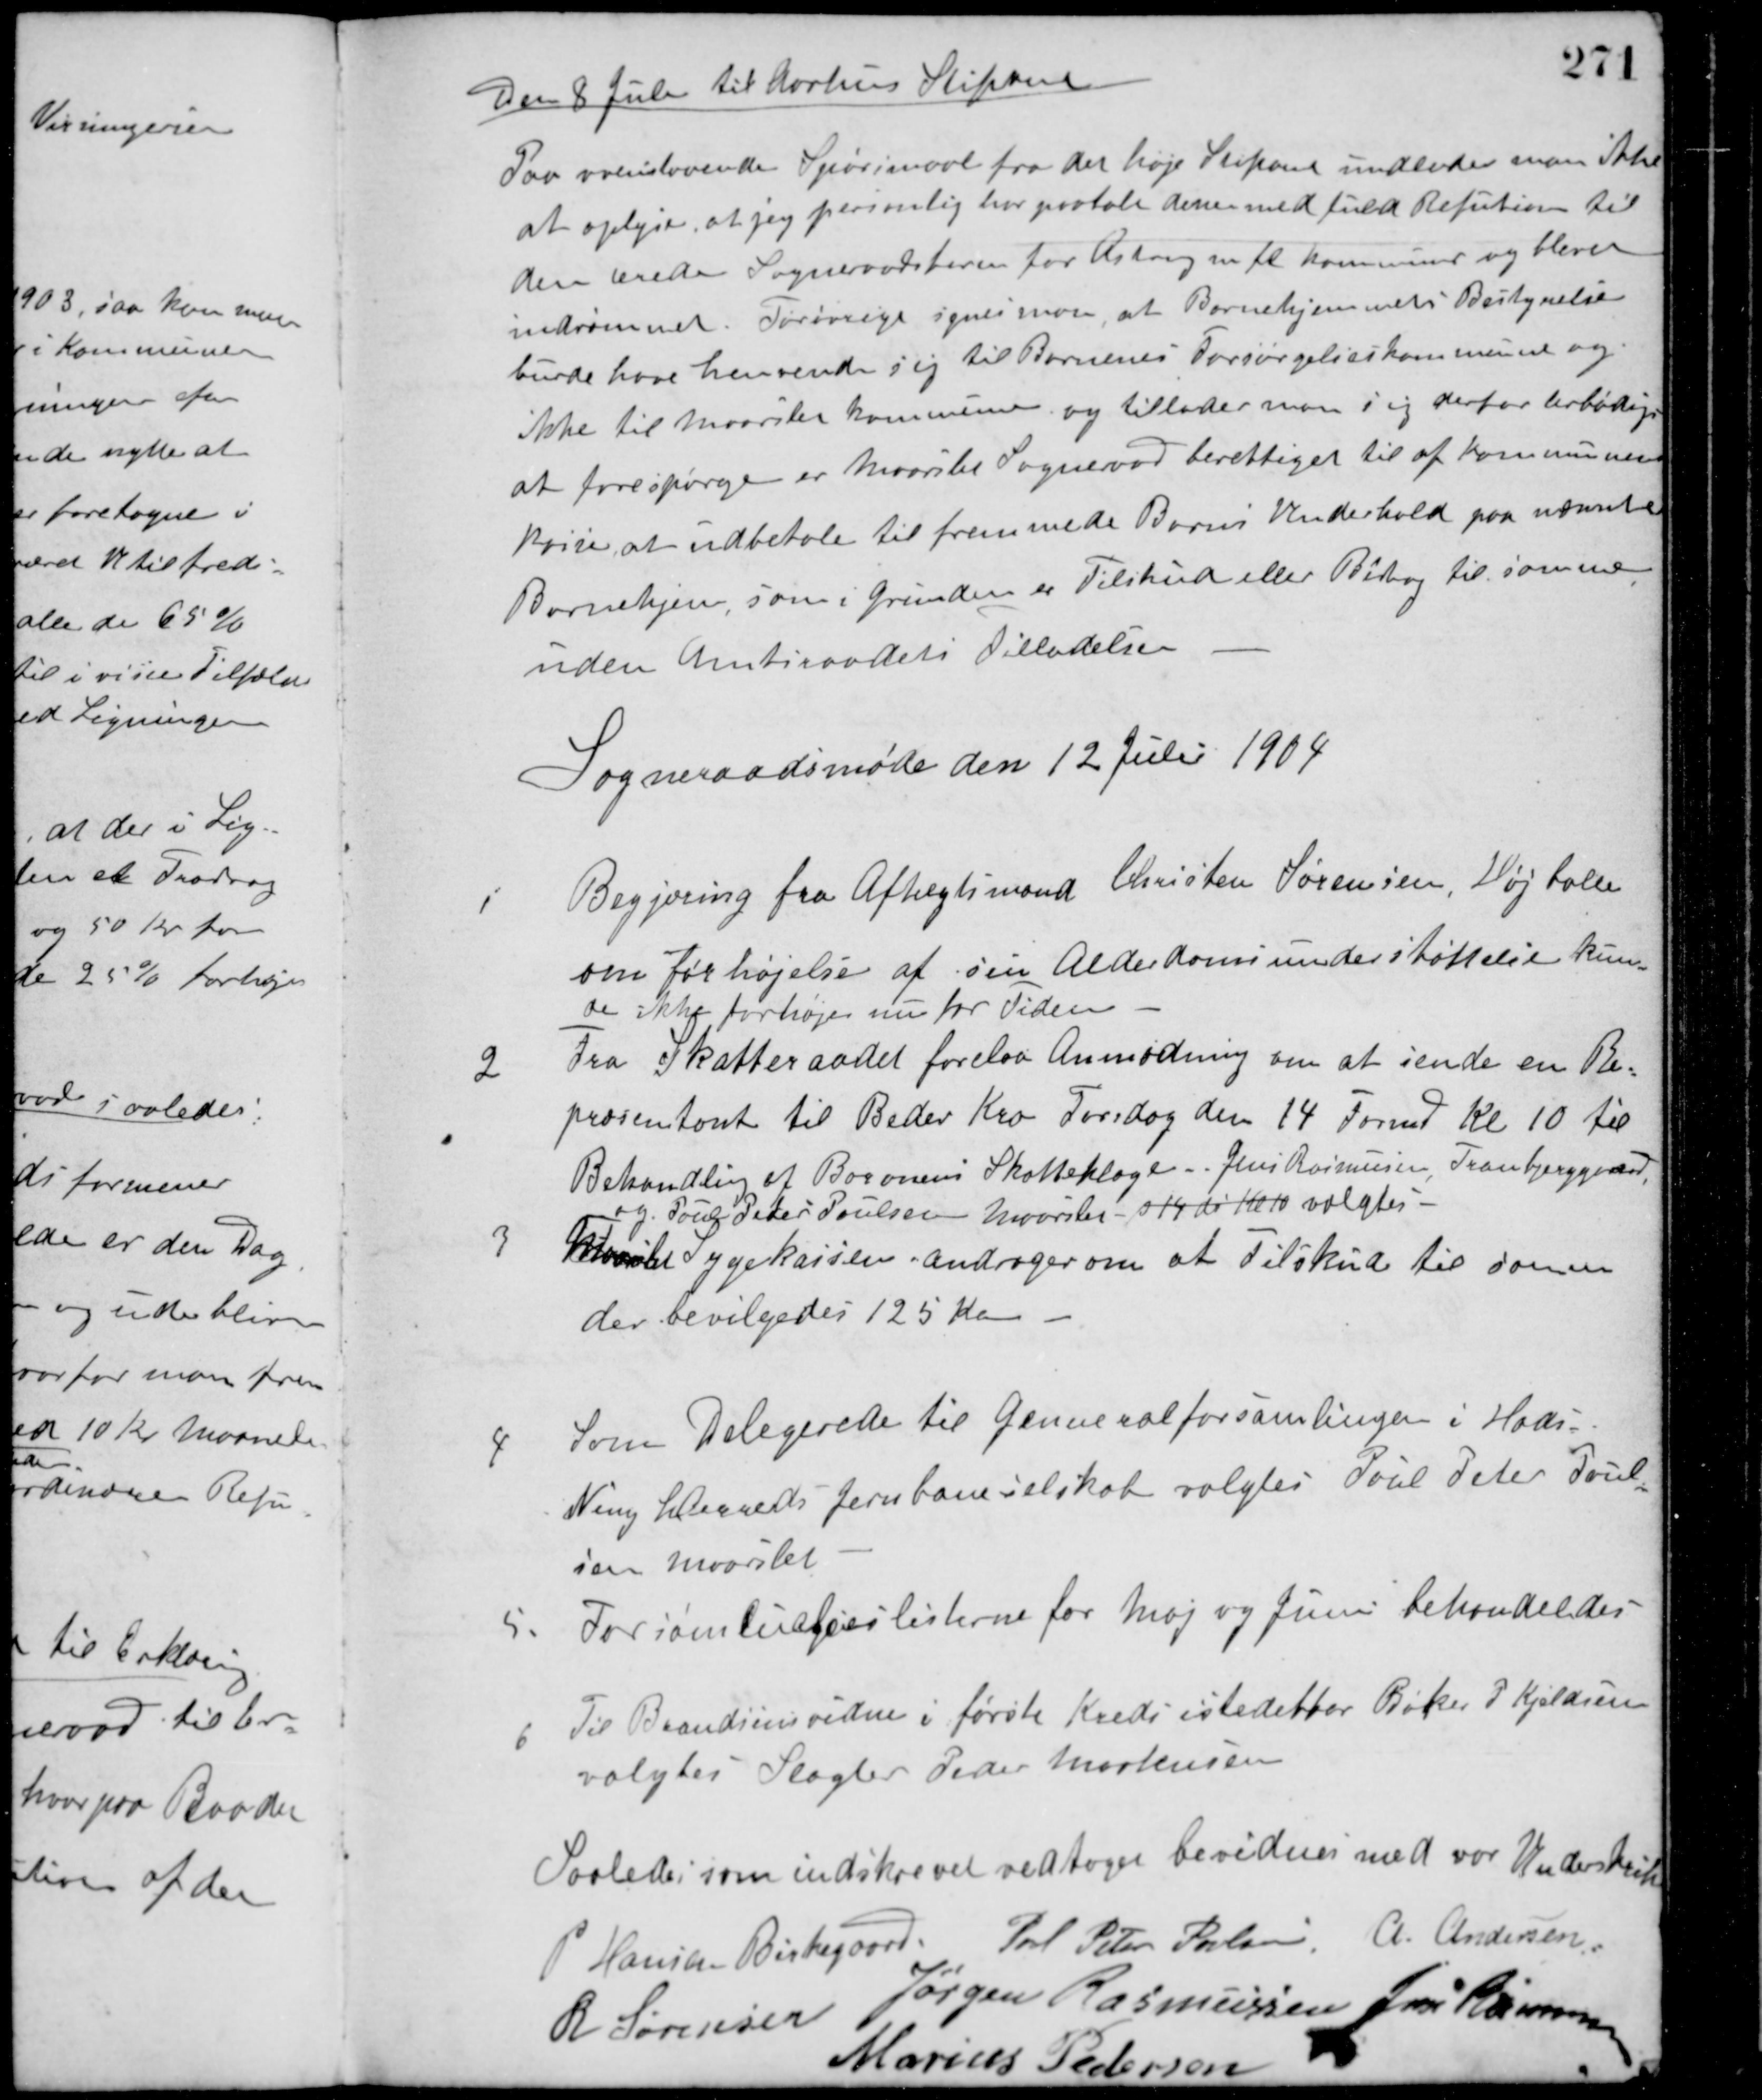
Transskription:
Den 8 Juli til Aarhus Stiftamt
Paa ovenstaaende Spørgsmaal fra det høje Stiftamt undlader man ikke
at oplyse, at jeg personlig har paatalt denne med fuld Refution til
den ærede Sogneraadsform. for Astrup m. fl. kommuner og bleven
indrømmet. Forøvrigt synes man at Børnehjemmets Bestyrelse
burde have henvendt sig til Børnenes Forsørgelseskommune og
ikke til Maarslet kommune og tillader man sig derfor ærbødigst
at forespørge er Maarslet Sogneraad berettiget til af kommunens
konti at udbetale til fremmede Børns Underhold paa nævnte
Børnehjem, som i Grunden er Tilskud eller Bidrag til samme
uden Amtsraadets Tilladelse.
Sogneraadsmøde den 12 Juli 1904
1 Begjæring fra Aftægtsmand Christen Sørensen, Højballe
om forhøjelse af sin alderdomsunderstøttelse kun-
de ikke forhøjes nu for Tiden.
2 Fra skatteraadet forelaa Anmodning om at sende en Re-
præsentant til Beder Kro Torsdag den 14 Formd. Kl. 10 til
Behandling af Baronens Skatteklage. Jens Rasmussen, Tranbjerggaard
og Poul Peder Poulsen Maarslet s 14 Kl. 10 valgtes.
3 Maarslet Sygekassen andrager om et Tilskud til samme
der bevilgedes 125 Kr.
4 Som Delegerede til Genneralforsamlingen i Hads -
Ning Herreds Jernbaneselskab valgtes Poul Peter Poul-
sen Maarslet.
5. Forsømlingslisterne for Maj og Juni behandeldes.
6 Til Brandsynsvidne i første Kreds istedet for Bødker P. Kjeldsen
valgtes Slagter Peder Markusen.
Saaledes som indskrevet vedtaget bevidnes med vor Underskrift
P. Hansen Birkegaard Poul Peter Poulsen A. Andersen
R. Sørensen Jørgen Rasmussen Jens Rasmussen
Marius Pedersen